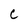
Character: c